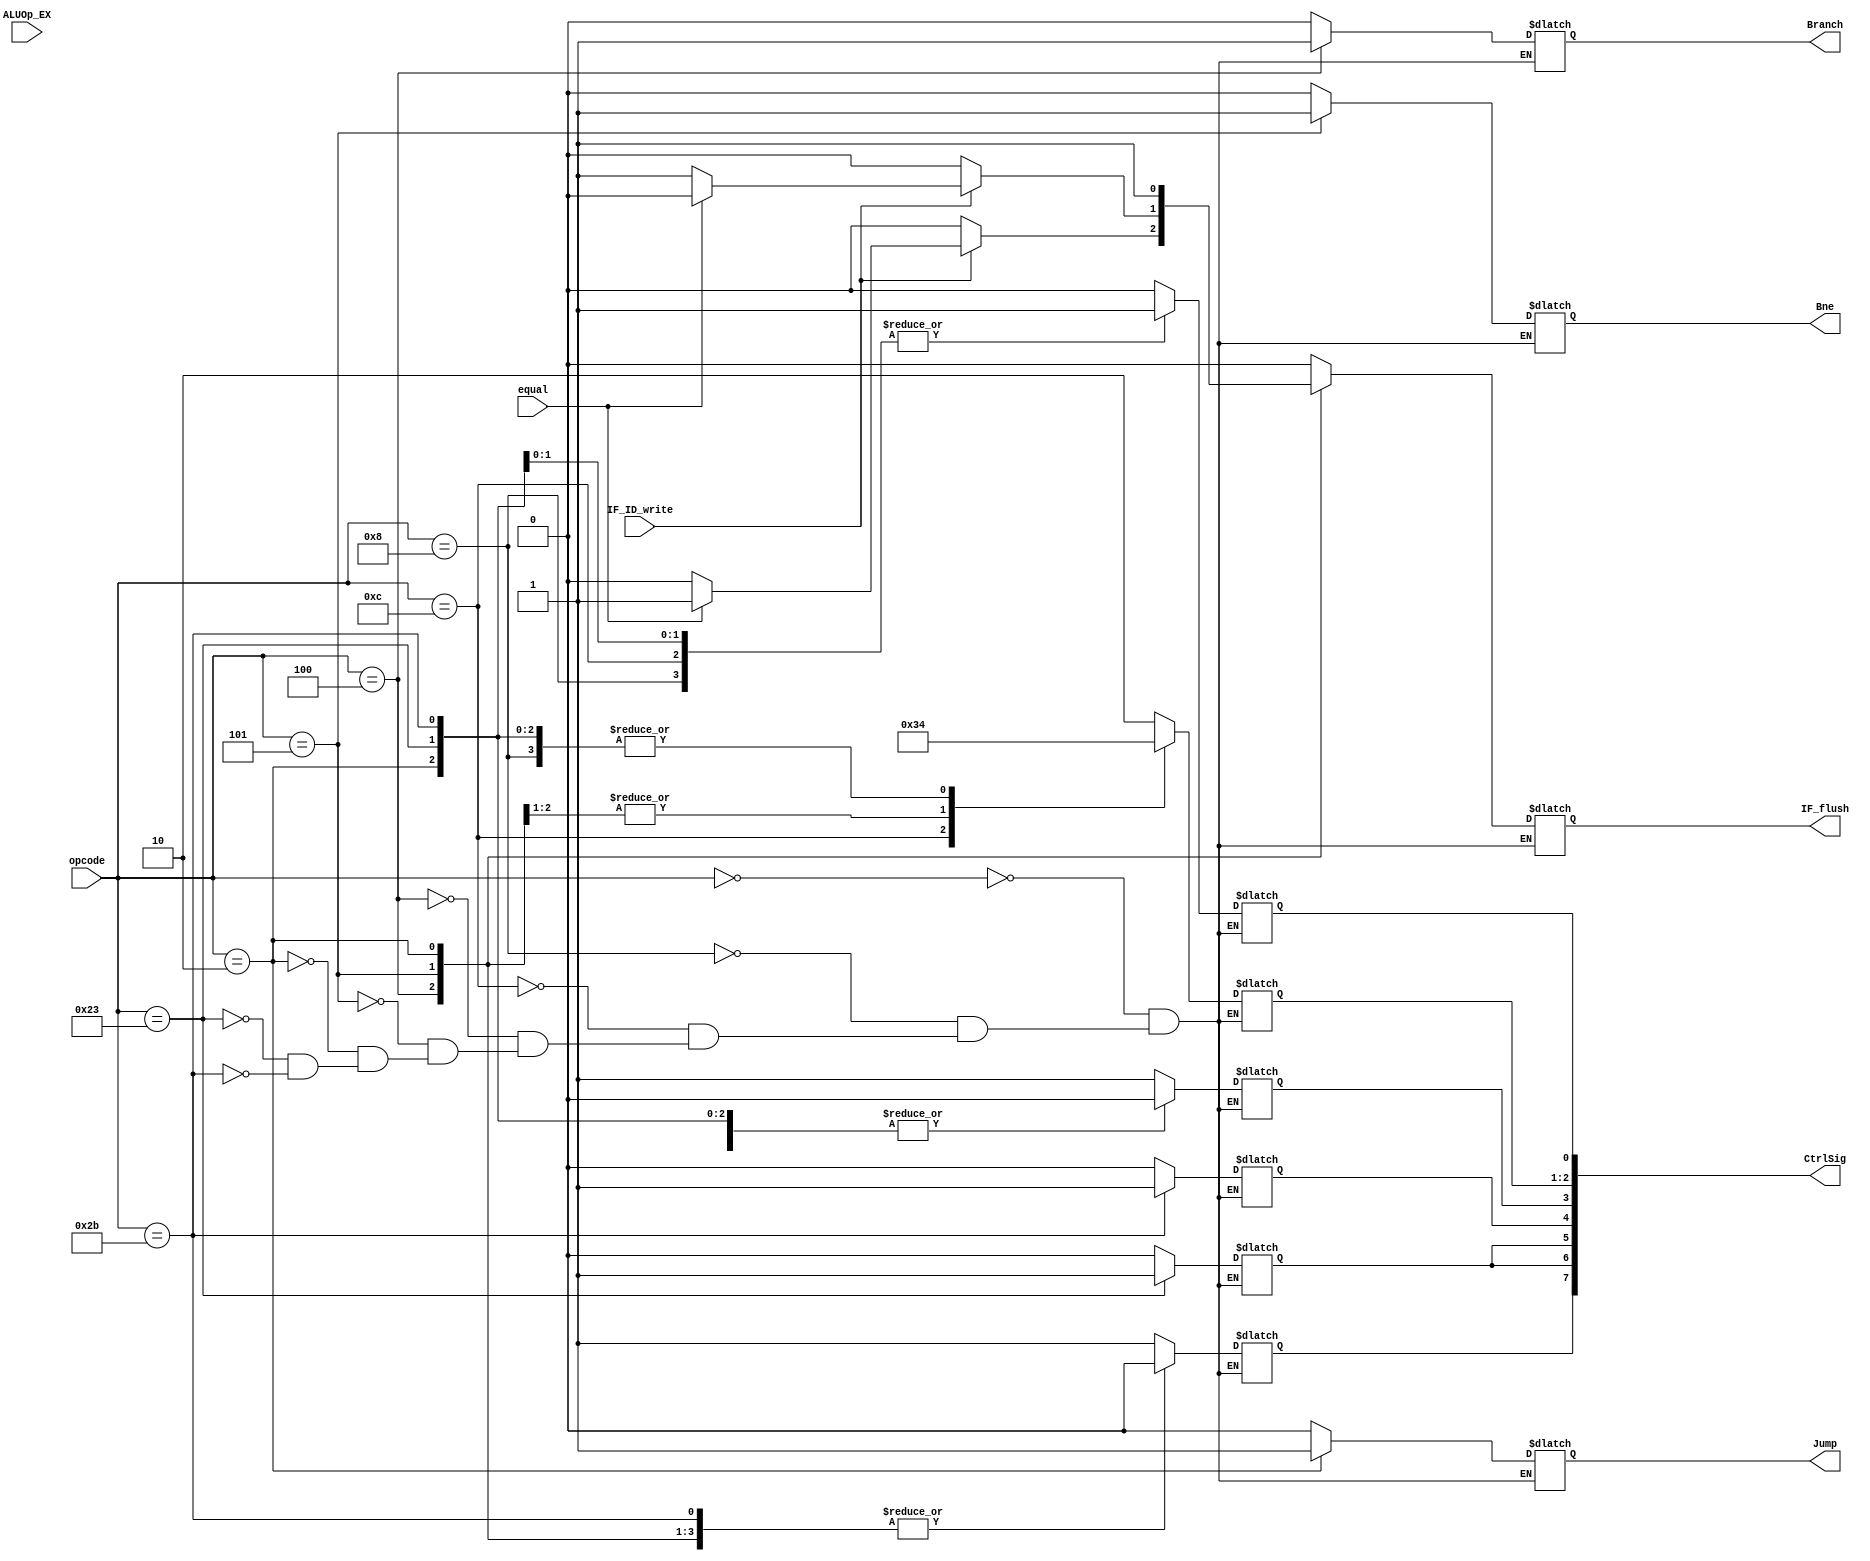
`timescale 1ns / 1ps
//////////////////////////////////////////////////////////////////////////////////
// Company: 
// Engineer: 
// 
// Design Name: 
// Module Name: Control
// Project Name: 
// Target Devices: 
// Tool Versions: 
// Description: 
// 
// Dependencies: 
// 
// Revision:
// Revision 0.01 - File Created
// Additional Comments:
// 
//////////////////////////////////////////////////////////////////////////////////


module Control(
input equal, IF_ID_write,
input [1:0] ALUOp_EX,
input [5:0]opcode,
output reg Jump, Branch, Bne, IF_flush,
output [7:0] CtrlSig);
reg RegDst, MemRead, MemtoReg, MemWrite, ALUSrc, RegWrite;
reg [1:0] ALUOp;
assign CtrlSig = {RegWrite,MemtoReg,MemRead, MemWrite,RegDst, ALUOp, ALUSrc};
initial begin
IF_flush <= 0;
RegDst <= 0;
Jump <= 0;
Branch <= 0;
Bne <= 0;
MemRead <= 0;
MemtoReg <= 0;
MemWrite <= 0;
ALUSrc <= 0;
RegWrite <= 0;
ALUOp <= 2'b00;
end
always @(*) begin
case(opcode)
6'b000000://R
begin
IF_flush <= 0;
RegDst <= 1;
Jump <= 0;
Branch <= 0;
Bne <= 0;
MemRead <= 0;
MemtoReg <= 0;
MemWrite <= 0;
ALUSrc <= 0;
RegWrite <= 1;
ALUOp <= 2'b10;
end
6'b001000://addi
begin
IF_flush <= 0;
RegDst <= 0;
Jump <= 0;
Branch <= 0;
Bne <= 0;
MemRead <= 0;
MemtoReg <= 0;
MemWrite <= 0;
ALUSrc <= 1;
RegWrite <= 1;
ALUOp <= 2'b00;
end          
6'b001100://andi
begin
IF_flush <= 0;
RegDst <= 0;
Jump <= 0;
Branch <= 0;
Bne <= 0;
MemRead <= 0;
MemtoReg <= 0;
MemWrite <= 0;
ALUSrc <= 1;
RegWrite <= 1;
ALUOp <= 2'b11;
end
6'b000100://beq
begin
if(IF_ID_write) IF_flush<=equal ? 1:0;
else IF_flush<=0;
RegDst <= 0;
Jump <= 0;
Branch <= 1;
Bne <= 0;
MemRead <= 0;
MemtoReg <= 0;
MemWrite <= 0;
ALUSrc <= 0;
RegWrite <= 0;
ALUOp <= 2'b01;
end
6'b000101://bne
begin
if(IF_ID_write) IF_flush<=equal ? 0:1;
else IF_flush<=0;
RegDst <= 0;
Jump <= 0;
Branch <= 0;
Bne <= 1;
MemRead <= 0;
MemtoReg <= 0;
MemWrite <= 0;
ALUSrc <= 0;
RegWrite <= 0;
ALUOp <= 2'b01;
end
6'b000010://j
begin
IF_flush <= 1;
RegDst <= 0;
Jump <= 1;
Branch <= 0;
Bne <= 0;
MemRead <= 0;
MemtoReg <= 0;
MemWrite <= 0;
ALUSrc <= 0;
RegWrite <= 0;
ALUOp <= 2'b00;
end
6'b100011://lw
begin
IF_flush <= 0;
RegDst <= 0;
Jump <= 0;
Branch <= 0;
Bne <= 0;
MemRead <= 1;
MemtoReg <= 1;
MemWrite <= 0;
ALUSrc <= 1;
RegWrite <= 1;
ALUOp <= 2'b00;
end
6'b101011://sw
begin
IF_flush <= 0;
RegDst <= 0;
Jump <= 0;
Branch <= 0;
Bne <= 0;
MemRead <= 0;
MemtoReg <= 0;
MemWrite <= 1;
ALUSrc <= 1;
RegWrite <= 0;
ALUOp <= 2'b00;
end
endcase
end
endmodule